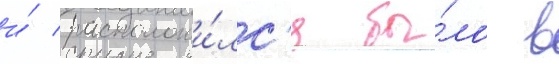
и́ расположи́лс'я бы́ло в